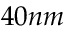
4 0 n m